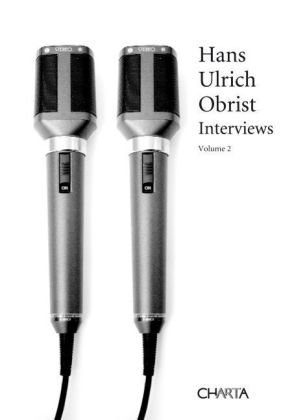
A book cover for Hans Ulrich Obrist: Interviews, Volume 2; Arts & Photography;